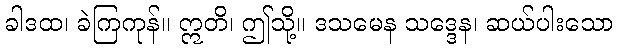
ခါဒထ၊ ခဲကြကုန်။ ဣတိ၊ ဤသို့။ ဒသမေန သဒ္ဒေန၊ ဆယ်ပါးသော